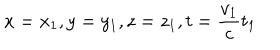
x = x _ { 1 } , y = y _ { 1 } , z = z _ { 1 } , t = \frac { v _ { 1 } } c t _ { 1 }